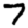
Digit: 7